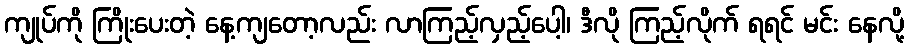
ကျုပ်ကို ကြိုးပေးတဲ့ နေ့ကျတော့လည်း လာကြည့်လှည့်ပေါ့၊ ဒီလို ကြည့်လိုက် ရရင် မင်း နေလို့